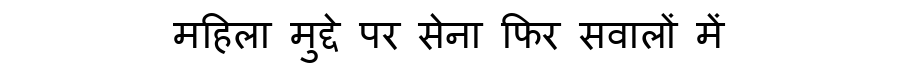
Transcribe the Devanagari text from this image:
महिला मुद्दे पर सेना फिर सवालों में